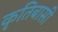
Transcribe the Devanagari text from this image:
कृतिबासी